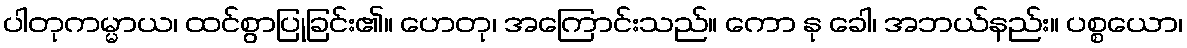
ပါတုကမ္မာယ၊ ထင်စွာပြုခြင်း၏။ ဟေတု၊ အကြောင်းသည်။ ကော နု ခေါ၊ အဘယ်နည်း။ ပစ္စယော၊